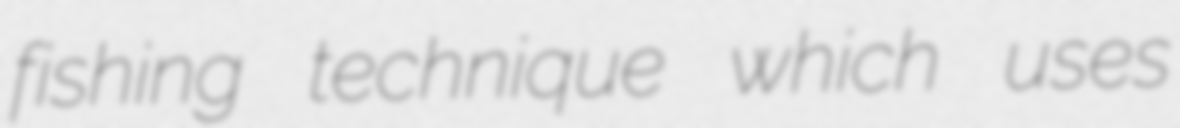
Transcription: fishing technique which uses